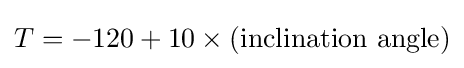
T=-120+10\times ({\text{inclination angle}})